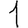
Digit: 1